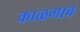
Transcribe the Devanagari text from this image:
काळगाव